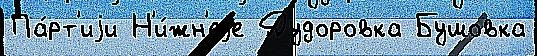
Па́рт'иjи Н'и́жн'еjе Дудоровка Бушовка